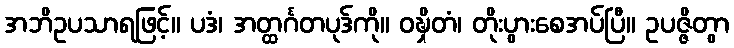
အဘိဥပသာရဖြင့်။ ပဒံ၊ အတ္ထင်္ဂတပုဒ်ကို။ ဝဍ္ဎှိတံ၊ တိုးပွားစေအပ်ပြီ။ ဥပဇ္ဇိတွာ